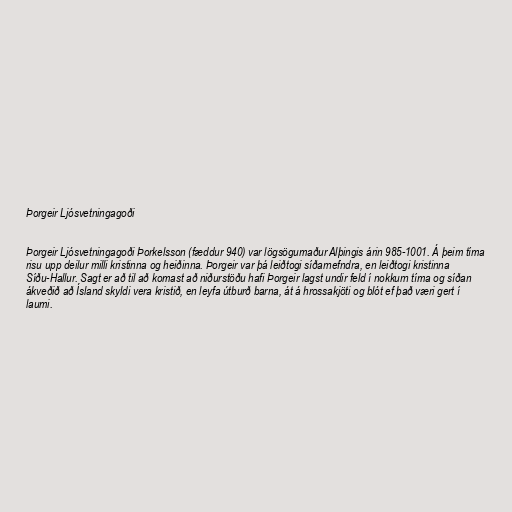
Þorgeir Ljósvetningagoði

Þorgeir Ljósvetningagoði Þorkelsson (fæddur 940) var lögsögumaður Alþingis árin 985-1001. Á þeim tíma
risu upp deilur milli kristinna og heiðinna. Þorgeir var þá leiðtogi síðarnefndra, en leiðtogi kristinna
Síðu-Hallur. Sagt er að til að komast að niðurstöðu hafi Þorgeir lagst undir feld í nokkurn tíma og síðan
ákveðið að Ísland skyldi vera kristið, en leyfa útburð barna, át á hrossakjöti og blót ef það væri gert í
laumi.